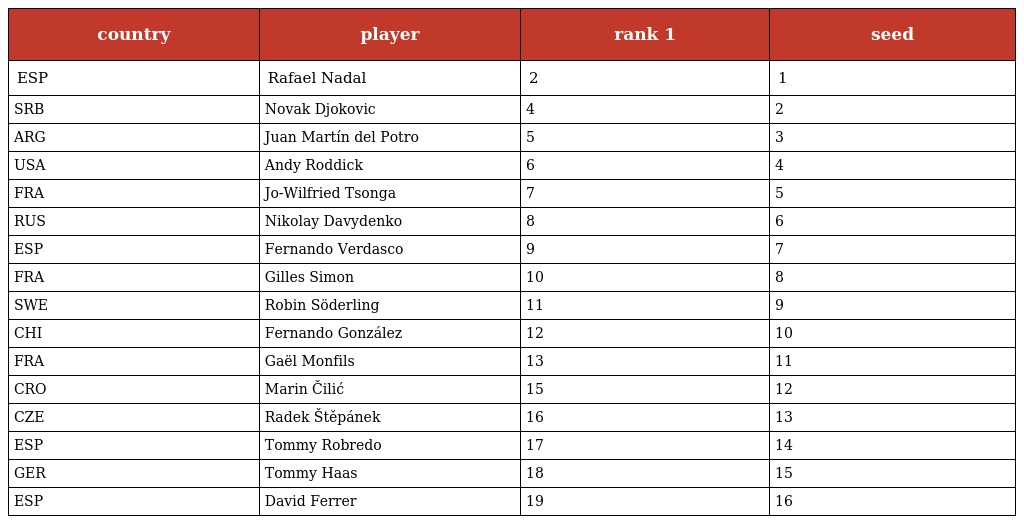
| country | player | rank 1 | seed |
 | --- | --- | --- | --- |
 | ESP | Rafael Nadal | 2 | 1 |
 | SRB | Novak Djokovic | 4 | 2 |
 | ARG | Juan Martín del Potro | 5 | 3 |
 | USA | Andy Roddick | 6 | 4 |
 | FRA | Jo-Wilfried Tsonga | 7 | 5 |
 | RUS | Nikolay Davydenko | 8 | 6 |
 | ESP | Fernando Verdasco | 9 | 7 |
 | FRA | Gilles Simon | 10 | 8 |
 | SWE | Robin Söderling | 11 | 9 |
 | CHI | Fernando González | 12 | 10 |
 | FRA | Gaël Monfils | 13 | 11 |
 | CRO | Marin Čilić | 15 | 12 |
 | CZE | Radek Štěpánek | 16 | 13 |
 | ESP | Tommy Robredo | 17 | 14 |
 | GER | Tommy Haas | 18 | 15 |
 | ESP | David Ferrer | 19 | 16 |